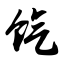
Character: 饩